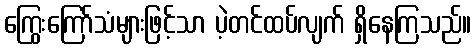
ကြွေးကြော်သံများဖြင့်သာ ပဲ့တင်ထပ်လျက် ရှိနေကြသည်။